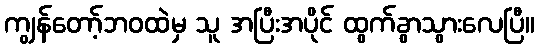
ကျွန်တော့်ဘဝထဲမှ သူ အပြီးအပိုင် ထွက်ခွာသွားလေပြီ။